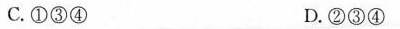
C.①③④ D.②③④